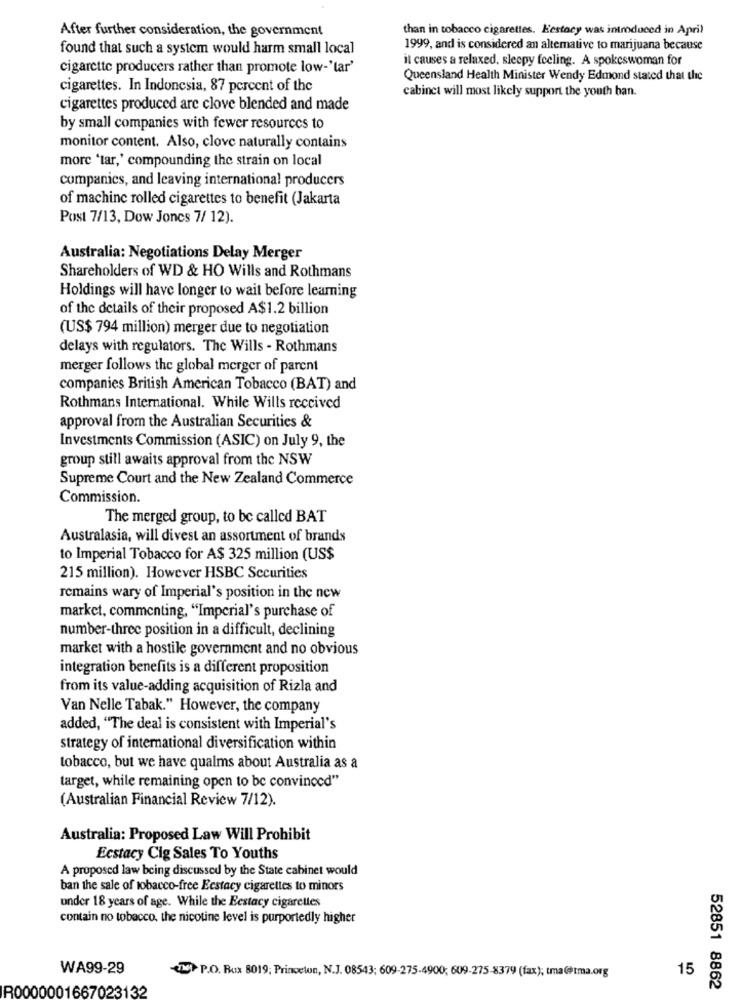
After further consideration, the government
than in tobacco cigarettes. Ecstacy was introduced in April
found that such a system would harm small local
1999, and is considered an altemative to marijuana because
it causes a relaxed, sleepy feeling. A spokeswoman for
cigarette producers rather than promote low-'tar'
Queensland Health Minister Wendy Edmond stated that the
cigarettes. In Indonesia, 87 percent of the
cabinet will most likely support the youth ban.
cigarettes produced are clove blended and made
by small companies with fewer resources to
monitor content. Also, clove naturally contains
more 'tar,' compounding the strain on local
companies, and leaving international producers
of machine rolled cigarettes to benefit (Jakarta
Post 7/13, Dow Jones 7/ 12).
Australia: Negotiations Delay Merger
Shareholders of WD & HO Wills and Rothmans
Holdings will have longer to wait before learning
of the details of their proposed A$1.2 billion
(US$ 794 million) merger due to negotiation
delays with regulators. The Wills - Rothmans
merger follows the global merger of parent
companies British American Tobacco (BAT) and
Rothmans International. While Wills received
approval from the Australian Securities &
Investments Commission (ASIC) on July 9, the
group still awaits approval from the NSW
Supreme Court and the New Zealand Commerce
Commission.
The merged group, to be called BAT
Australasia, will divest an assortment of brands
to Imperial Tobacco for A$ 325 million (US$
215 million). However HSBC Securities
remains wary of Imperial's position in the new
market, commenting, "Imperial's purchase of
number-three position in a difficult, declining
market with a hostile government and no obvious
integration benefits is a different proposition
from its value-adding acquisition of Rizla and
Van Nelle Tabak." However, the company
added, "The deal is consistent with Imperial's
strategy of international diversification within
tobacco, but we have qualms about Australia as a
target, while remaining open to be convinced"
(Australian Financial Review 7/12).
Australia: Proposed Law Will Prohibit
Ecstacy Cig Sales To Youths
A proposed law being discussed by the State cabinet would
ban the sale of tobacco-free Ecstacy cigarettes to minors
under 18 years of age. While the Ecstacy cigarettes
contain no tobacco. the nicotine level is purportedly higher
WA99-29
15
(TT P.O. Box 8019; Princeton, N.J. 08543; 609-275-4900; 609-275-8379 (fax); tma@tma.org
R0000001667023132
52851 8862